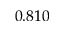
0 . 8 1 0